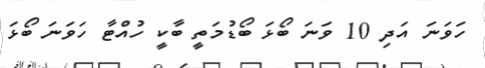
ހަވަނަ އަދި 10 ވަނަ ބޯޅަ ބޯޑުމަތީ ބާކީ ހުއްޓާ ހަވަނަ ބޯޅަ